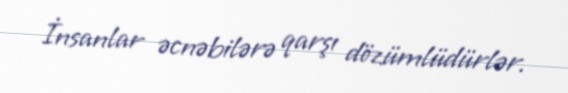
İnsanlar əcnəbilərə qarşı dözümlüdürlər.